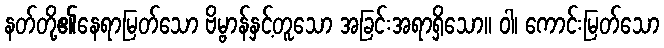
နတ်တို့၏နေရာမြတ်သော ဗိမ္ဗာန်နှင့်တူသော အခြင်းအရာရှိသော။ ဝါ၊ ကောင်းမြတ်သော